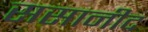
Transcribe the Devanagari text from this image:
ससानीद